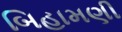
બિહામણી